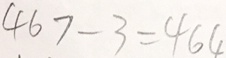
4 6 7 - 3 = 4 6 4